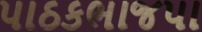
પાઠકભાજપા